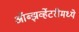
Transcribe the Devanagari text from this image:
ऑब्झर्व्हेटरीमध्ये